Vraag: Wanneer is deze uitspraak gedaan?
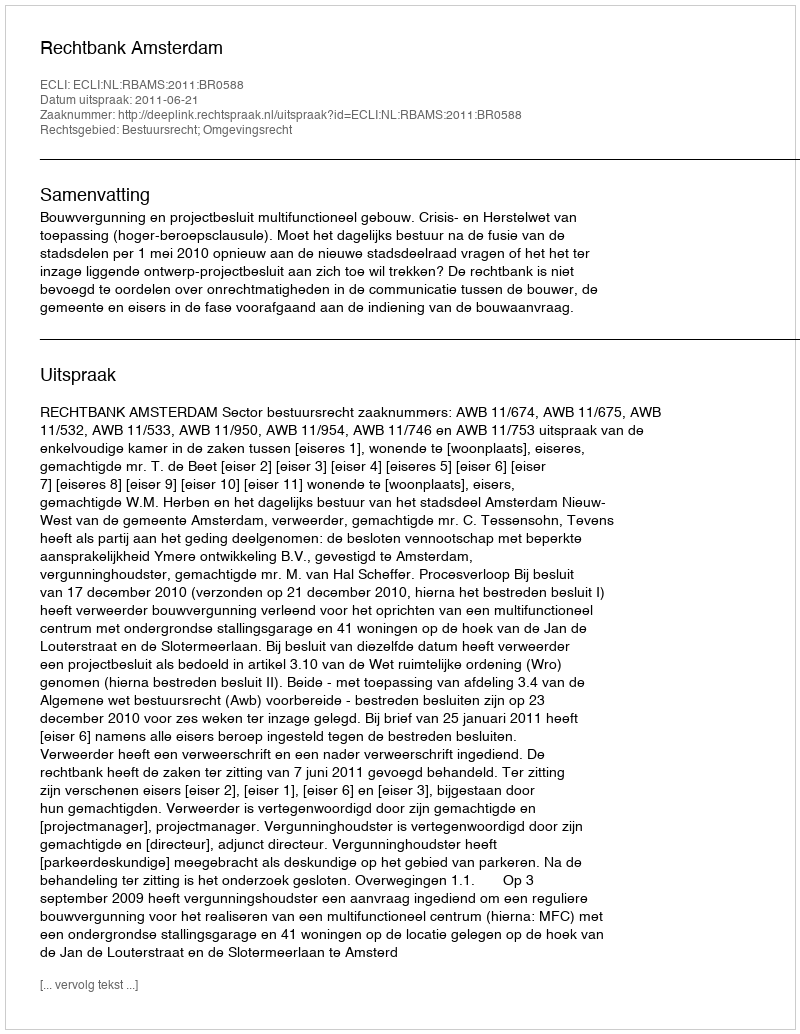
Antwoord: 2011-06-21